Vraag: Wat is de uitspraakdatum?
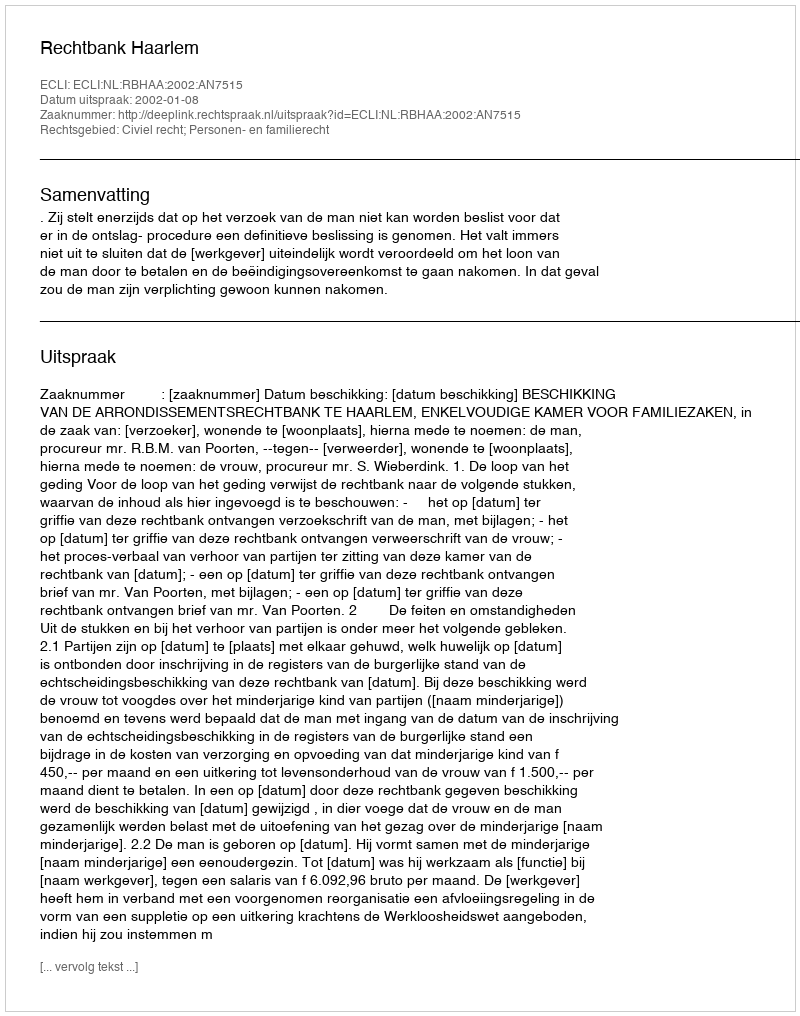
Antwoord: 2002-01-08